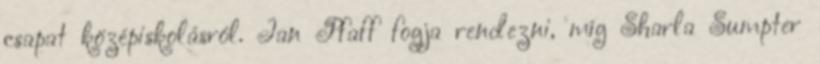
csapat középiskolásról. Ian Pfaff fogja rendezni, míg Sharla Sumpter